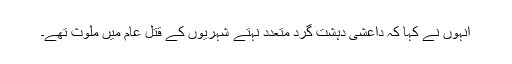
انہوں نے کہا کہ داعشی دہشت گرد متعدد نہتے شہریوں کے قتل عام میں ملوث تھے۔